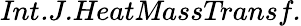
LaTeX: \textit{Int.J.HeatMassTransf.}